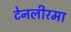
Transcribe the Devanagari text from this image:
टेनलीरमा